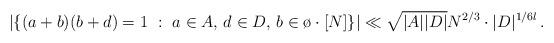
LaTeX: \begin{align*}|\{ (a+b) (b+d) = 1 ~:~ a\in A,\, d\in D,\, b\in \o \cdot [N] \}| \ll \sqrt{|A||D|} N^{2/3} \cdot |D|^{1/6l} \,.\end{align*}